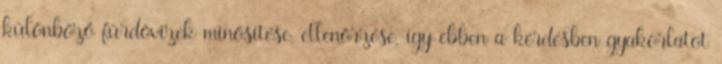
különböző fürdővizek minősítése, ellenőrzése, így ebben a kérdésben gyakorlatot